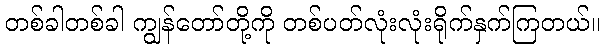
တစ်ခါတစ်ခါ ကျွန်တော်တို့ကို တစ်ပတ်လုံးလုံးရိုက်နှက်ကြတယ်။